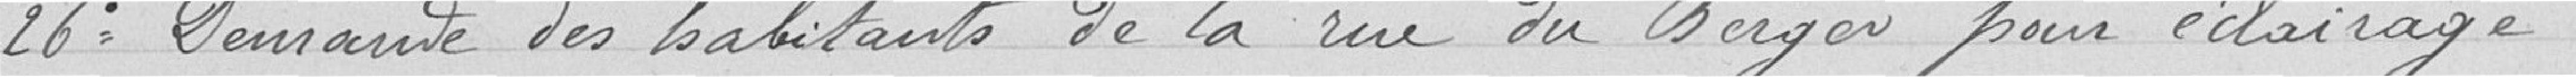
26° Demandes des habitants de la rue du Berger pour éclairage.